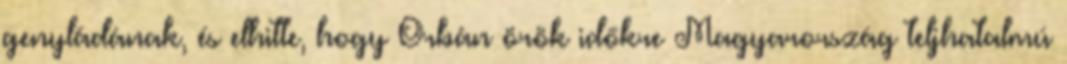
genyládának, és elhitte, hogy Orbán örök időkre Magyarország teljhatalmú